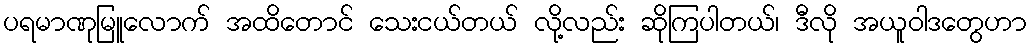
ပရမာဏုမြူလောက် အထိတောင် သေးငယ်တယ် လို့လည်း ဆိုကြပါတယ်၊ ဒီလို အယူဝါဒတွေဟာ